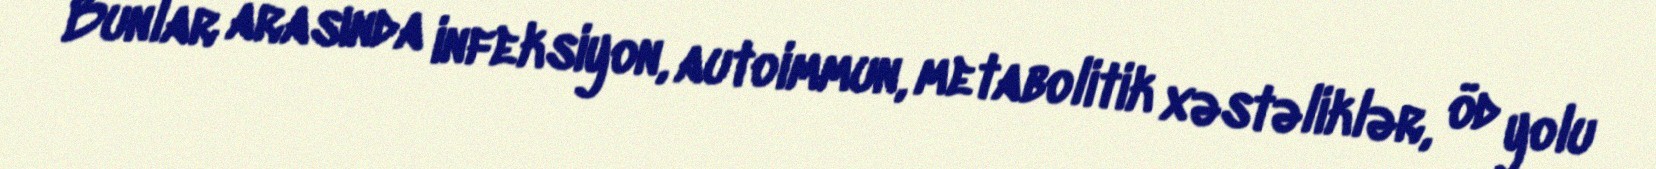
Bunlar arasında infeksiyon, autoimmun, metabolitik xəstəliklər, öd yolu